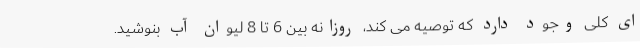
ای کلی وجود دارد که توصیه می کند، روزانه بین 6 تا 8 لیوان آب بنوشید.